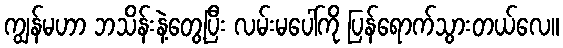
ကျွန်မဟာ ဘသိန်းနဲ့တွေ့ပြီး လမ်းမပေါ်ကို ပြန်ရောက်သွားတယ်လေ။